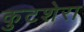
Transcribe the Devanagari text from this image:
कुटशेरा